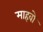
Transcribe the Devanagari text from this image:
माहवो